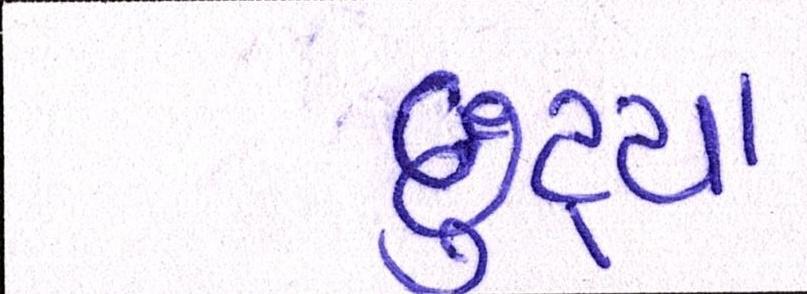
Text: છુટ્યા